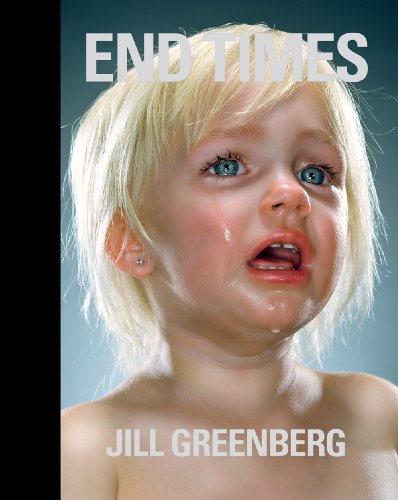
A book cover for Jill Greenberg: End Times; Paul Wombell; Arts & Photography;